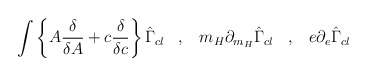
\begin{align*} \int \left\{ A \frac{\delta}{\delta A} + c\frac{\delta}{\delta c} \right\} \hat{\Gamma}_{cl} \; \; \; , \; \; \; m_H \partial_{m_H} \hat{\Gamma}_{cl} \; \; \; , \; \; \; e \partial_e \hat{\Gamma}_{cl}\end{align*}